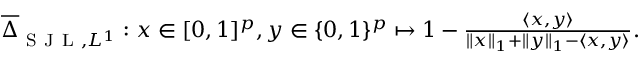
\begin{array} { r } { \overline { { \Delta } } _ { \mathrm { ~ S ~ J ~ L ~ } , L ^ { 1 } } : x \in [ 0 , 1 ] ^ { p } , y \in \{ 0 , 1 \} ^ { p } \mapsto 1 - \frac { \langle x , y \rangle } { \| x \| _ { 1 } + \| y \| _ { 1 } - \langle x , y \rangle } . } \end{array}